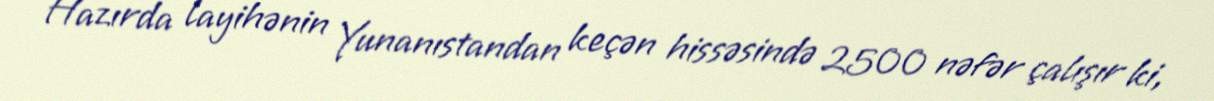
Hazırda layihənin Yunanıstandan keçən hissəsində 2500 nəfər çalışır ki,